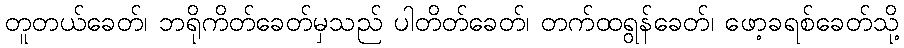
တူတယ်ခေတ်၊ ဘရိုကိတ်ခေတ်မှသည် ပါတိတ်ခေတ်၊ တက်ထရွန်ခေတ်၊ ဖော့ခရစ်ခေတ်သို့